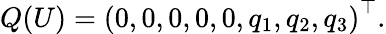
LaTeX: \begin{array}{r}{Q(U)=\left(0,0,0,0,0,q_{1},q_{2},q_{3}\right)^{\top}.}\end{array}